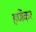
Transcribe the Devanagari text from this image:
हर्णेकर